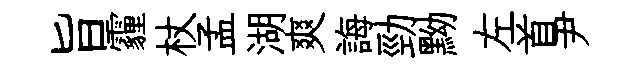
旨霾杖孟湖爽誨勁黝左首尹